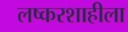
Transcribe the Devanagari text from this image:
लष्करशाहीला